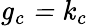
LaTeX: \mathit{g_{c}=k_{c}}